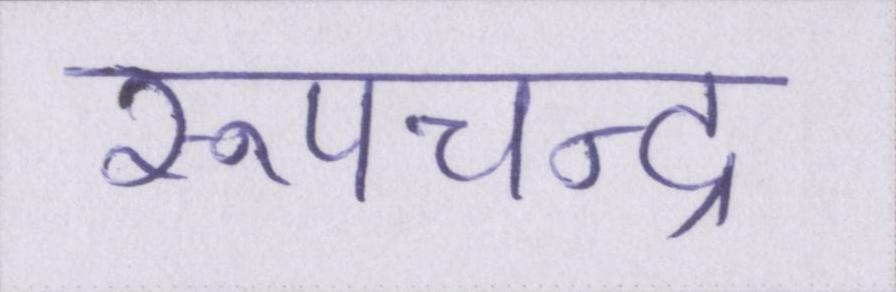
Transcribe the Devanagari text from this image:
रूपचन्द्र